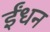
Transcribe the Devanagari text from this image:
र्इंधन